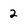
Character: 2